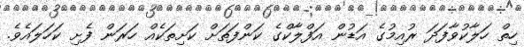
ހިތް ހަލާކުވާފަދަ ރުއިމުގެ އަޑުން އަފްލާކްގެ ކަންފަތަށް ކަށިތަކެއް ހަރަން ފެށި ކަހަލައެވެ.